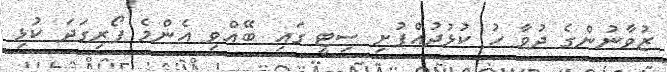
ޒުުވާނުންގެ ދުވާ ހު ކުޅުދުއްފުށި ސިޓީ ގައި ބޭއްވި އެންމެ ފޯރިގަދަ ކުޅި